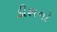
ડીશનો